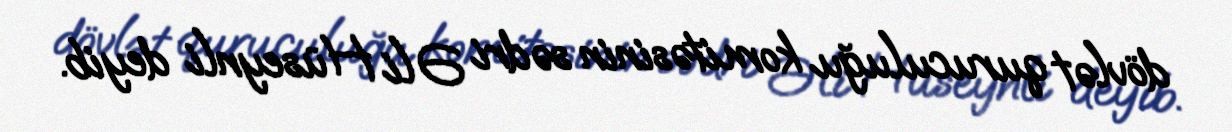
dövlət quruculuğu komitəsinin sədri Əli Hüseynli deyib.